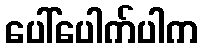
ပေါ်ပေါက်ပါက